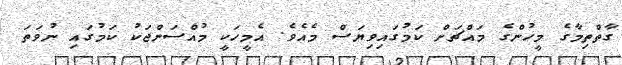
ގާތްތިމާގެ މީހުންގެ މައްޗަށް ކަމުގައިވިޔަސް މެއެވެ. އެމީހަކީ މުއްސަންޖަކު ކަމުގައި ނުވަތަ